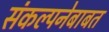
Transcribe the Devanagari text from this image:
संकल्पनेबाबत